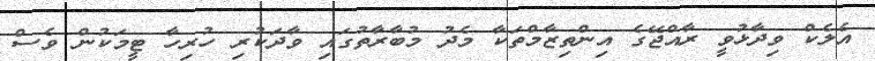
އެލެކް ވިދާޅުވީ ރާއްޖޭގެ އިންތިޒާމްތަކާ މެދު މުބާރާތުގައި ވާދަކުރި ހުރިހާ ޓީމަކުން ވެސް